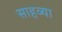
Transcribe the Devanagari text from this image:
साहव्या